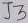
Text: J3